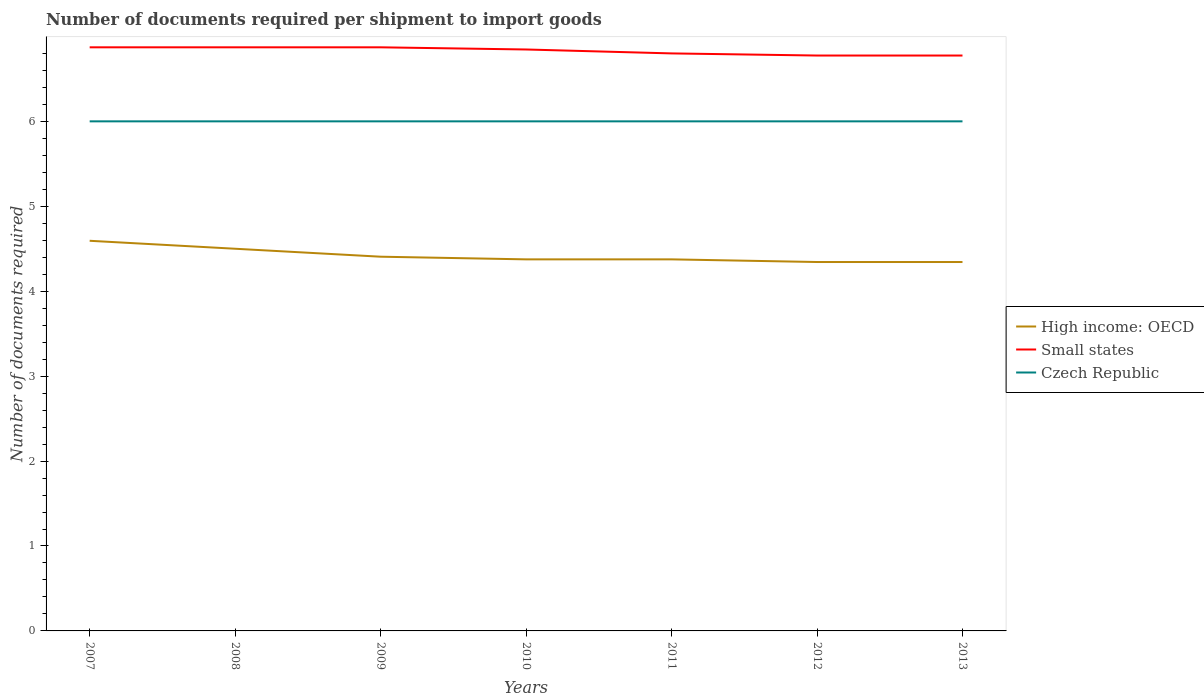
| Years | High income: OECD | Small states | Czech Republic |
 | --- | --- | --- | --- |
 | 2007 | 4.59 | 6.87 | 6 |
 | 2008 | 4.5 | 6.87 | 6 |
 | 2009 | 4.41 | 6.87 | 6 |
 | 2010 | 4.38 | 6.85 | 6 |
 | 2011 | 4.38 | 6.8 | 6 |
 | 2012 | 4.34 | 6.78 | 6 |
 | 2013 | 4.34 | 6.78 | 6 |